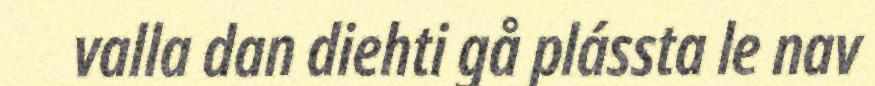
valla dan diehti gå plássta le nav